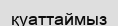
қуаттаймыз